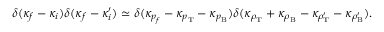
\delta ( \kappa _ { f } - \kappa _ { i } ) \delta ( \kappa _ { f } - \kappa _ { i } ^ { \prime } ) \simeq \delta ( \kappa _ { p _ { f } } - \kappa _ { p _ { \mathrm { T } } } - \kappa _ { p _ { \mathrm { B } } } ) \delta ( \kappa _ { \rho _ { \mathrm { T } } } + \kappa _ { \rho _ { \mathrm { B } } } - \kappa _ { \rho _ { \mathrm { T } } ^ { \prime } } - \kappa _ { \rho _ { \mathrm { B } } ^ { \prime } } ) .